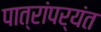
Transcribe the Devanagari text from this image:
पात्रांपर्यंत